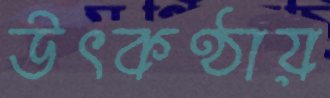
উৎকণ্ঠায়